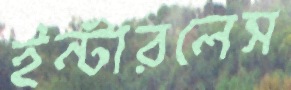
ইন্টারলেস